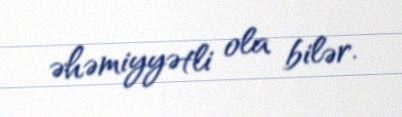
əhəmiyyətli ola bilər.